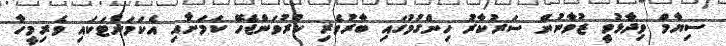
ސިޔާމް ވިދާޅުވީ ޒުވާނުން ސަރުކާރު ހިންގުމުގައި ބާރުވެރި ކުރުވަންޖެހޭ ކަމަށާއި އެކަމަށްޓަކައި ވެރިމީހާ